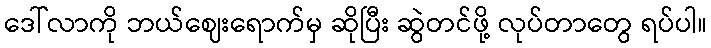
ဒေါ်လာကို ဘယ်ဈေးရောက်မှ ဆိုပြီး ဆွဲတင်ဖို့ လုပ်တာတွေ ရပ်ပါ။